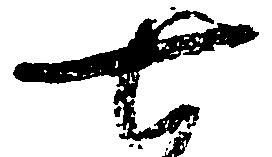
七